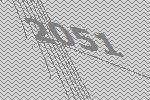
2051